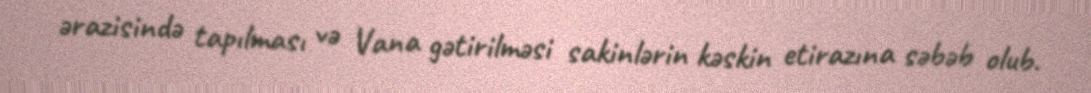
ərazisində tapılması və Vana gətirilməsi sakinlərin kəskin etirazına səbəb olub.